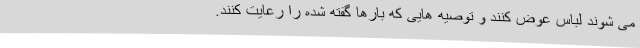
می شوند لباس عوض کنند و توصیه هایی که بارها گفته شده را رعایت کنند.